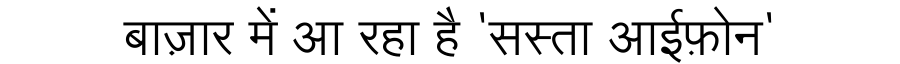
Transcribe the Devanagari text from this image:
बाज़ार में आ रहा है 'सस्ता आईफ़ोन'